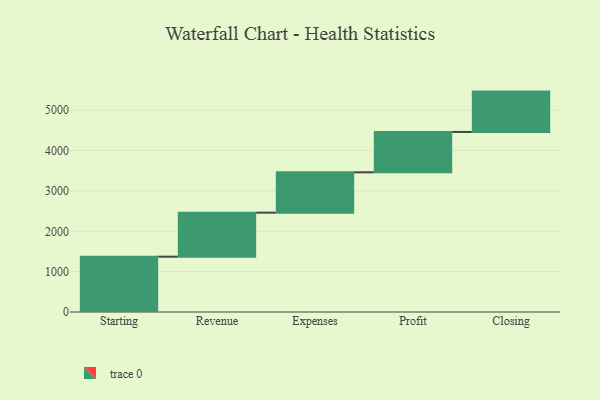
{"axis": {"x": "Step", "y": "Value"}, "legend": [""], "data": [{"x": "Starting", "y": 1371.0, "type": ""}, {"x": "Revenue", "y": 1091.0, "type": ""}, {"x": "Expenses", "y": 1000, "type": ""}, {"x": "Profit", "y": 1000, "type": ""}, {"x": "Closing", "y": 1000, "type": ""}]}